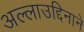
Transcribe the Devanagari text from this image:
अल्लाउद्दिनाने